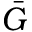
\bar { G }